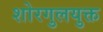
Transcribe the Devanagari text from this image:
शोरगुलयुक्त